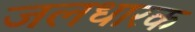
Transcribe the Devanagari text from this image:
जलधारक